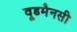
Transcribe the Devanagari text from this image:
वूडमैनसी